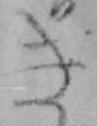
き